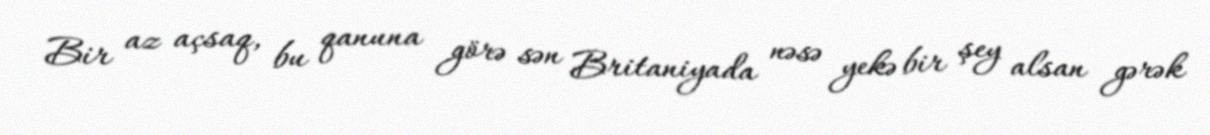
Bir az açsaq, bu qanuna görə sən Britaniyada nəsə yekə bir şey alsan gərək